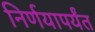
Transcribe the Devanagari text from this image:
निर्णयापर्यंत